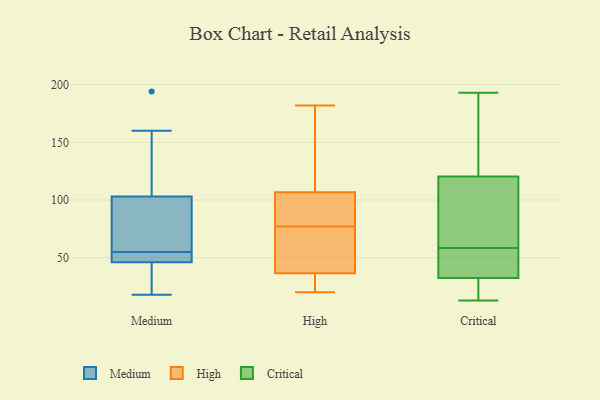
{"axis": {"x": "Demand Index", "y": "Value"}, "legend": ["Critical", "High", "Medium"], "data": [{"x": "", "y": 47, "type": "Medium"}, {"x": "", "y": 103, "type": "Medium"}, {"x": "", "y": 46, "type": "Medium"}, {"x": "", "y": 135, "type": "Medium"}, {"x": "", "y": 57, "type": "Medium"}, {"x": "", "y": 38, "type": "Medium"}, {"x": "", "y": 18, "type": "Medium"}, {"x": "", "y": 47, "type": "Medium"}, {"x": "", "y": 194, "type": "Medium"}, {"x": "", "y": 131, "type": "Medium"}, {"x": "", "y": 86, "type": "Medium"}, {"x": "", "y": 53, "type": "Medium"}, {"x": "", "y": 102, "type": "Medium"}, {"x": "", "y": 18, "type": "Medium"}, {"x": "", "y": 50, "type": "Medium"}, {"x": "", "y": 44, "type": "Medium"}, {"x": "", "y": 160, "type": "Medium"}, {"x": "", "y": 57, "type": "Medium"}, {"x": "", "y": 50, "type": "High"}, {"x": "", "y": 182, "type": "High"}, {"x": "", "y": 77, "type": "High"}, {"x": "", "y": 24, "type": "High"}, {"x": "", "y": 69, "type": "High"}, {"x": "", "y": 27, "type": "High"}, {"x": "", "y": 41, "type": "High"}, {"x": "", "y": 136, "type": "High"}, {"x": "", "y": 120, "type": "High"}, {"x": "", "y": 84, "type": "High"}, {"x": "", "y": 90, "type": "High"}, {"x": "", "y": 109, "type": "High"}, {"x": "", "y": 100, "type": "High"}, {"x": "", "y": 57, "type": "High"}, {"x": "", "y": 20, "type": "High"}, {"x": "", "y": 109, "type": "High"}, {"x": "", "y": 35, "type": "High"}, {"x": "", "y": 32, "type": "High"}, {"x": "", "y": 83, "type": "High"}, {"x": "", "y": 30, "type": "Critical"}, {"x": "", "y": 121, "type": "Critical"}, {"x": "", "y": 41, "type": "Critical"}, {"x": "", "y": 80, "type": "Critical"}, {"x": "", "y": 120, "type": "Critical"}, {"x": "", "y": 75, "type": "Critical"}, {"x": "", "y": 136, "type": "Critical"}, {"x": "", "y": 55, "type": "Critical"}, {"x": "", "y": 45, "type": "Critical"}, {"x": "", "y": 143, "type": "Critical"}, {"x": "", "y": 16, "type": "Critical"}, {"x": "", "y": 62, "type": "Critical"}, {"x": "", "y": 35, "type": "Critical"}, {"x": "", "y": 193, "type": "Critical"}, {"x": "", "y": 13, "type": "Critical"}, {"x": "", "y": 27, "type": "Critical"}]}